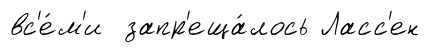
вс'е́м'и запр'еща́лось Ласс'ен